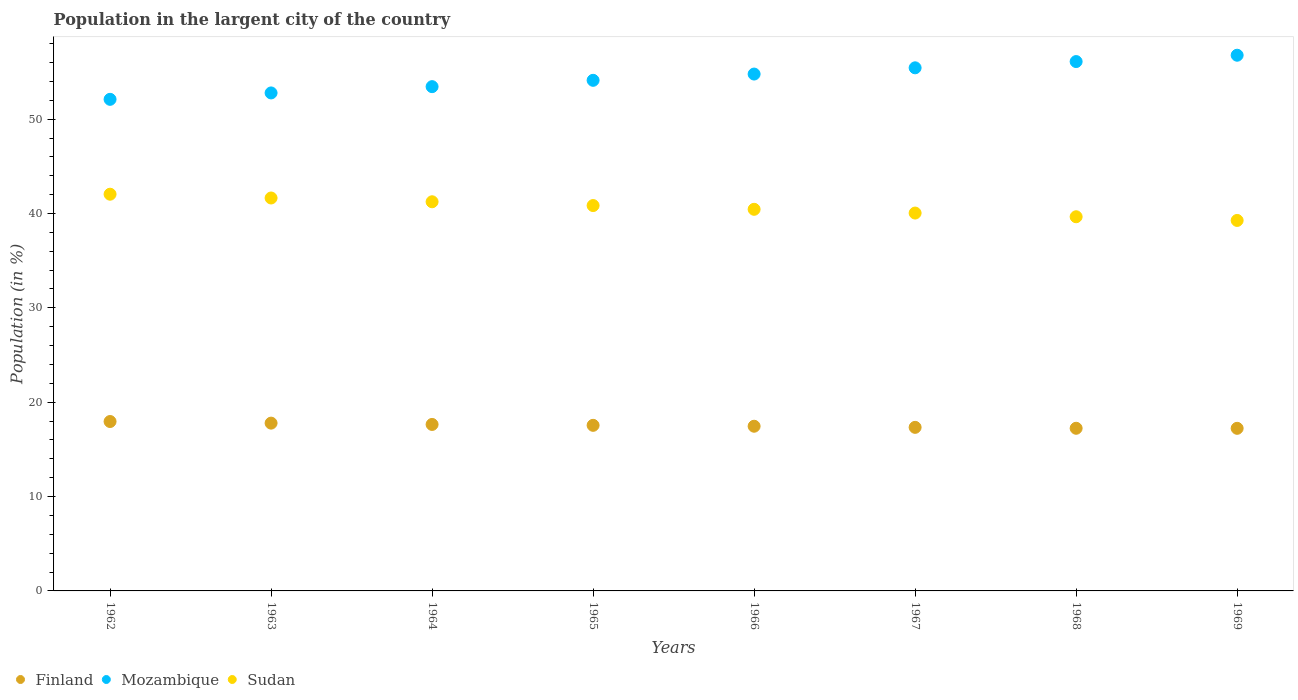
| Years | Finland | Mozambique | Sudan |
 | --- | --- | --- | --- |
 | 1962 | 18 | 52.1 | 42 |
 | 1963 | 17.8 | 52.8 | 41.6 |
 | 1964 | 17.6 | 53.4 | 41.2 |
 | 1965 | 17.6 | 54.1 | 40.8 |
 | 1966 | 17.5 | 54.8 | 40.4 |
 | 1967 | 17.3 | 55.4 | 40 |
 | 1968 | 17.2 | 56.1 | 39.7 |
 | 1969 | 17.2 | 56.8 | 39.3 |